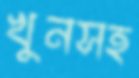
খুনসহ